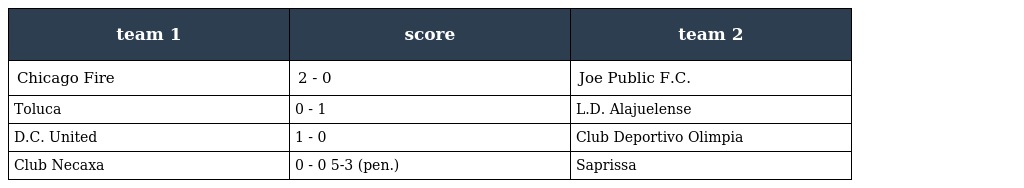
| team 1 | score | team 2 |
 | --- | --- | --- |
 | Chicago Fire | 2 - 0 | Joe Public F.C. |
 | Toluca | 0 - 1 | L.D. Alajuelense |
 | D.C. United | 1 - 0 | Club Deportivo Olimpia |
 | Club Necaxa | 0 - 0 5-3 (pen.) | Saprissa |